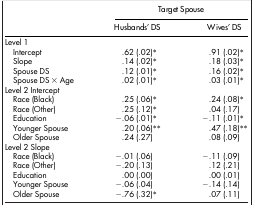
| <ROWSPAN=2>  | <COLSPAN=2> Target Spouse |
 | Husbands' DS | Wives' DS |
 | --- | --- | --- |
 | Level 1 |  |  |
 | Intercept | .62 (.02)* | .91 (.02)* |
 | Slope | .14 (.02)* | .18 (.03)* |
 | Spouse DS | .12 (.01)* | .16 (.02)* |
 | Spouse DS × Age | .02 (.01)* | .03 (.01)* |
 | Level 2 Intercept |  |  |
 | Race (Black) | .25 (.06)* | .24 (.08)* |
 | Race (Other) | .25 (.12)* | .04 (.17) |
 | Education | −.06 (.01)* | −.11 (.01)* |
 | Younger Spouse | .20 (.06)** | .47 (.18)** |
 | Older Spouse | .24 (.27) | .08 (.09) |
 | Level 2 Slope |  |  |
 | Race (Black) | −.01 (.06) | −.11 (.09) |
 | Race (Other) | −.20 (.13) | .12 (.21) |
 | Education | .00 (.00) | .00 (.01) |
 | Younger Spouse | −.06 (.04) | −.14 (.14) |
 | Older Spouse | −.76 (.32)* | .07 (.11) |